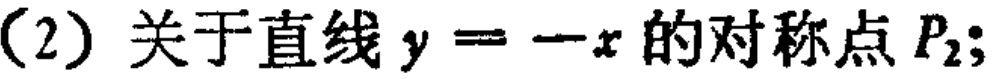
(2) 关于直线 \(y = -x\) 的对称点 \(P_{2}\);